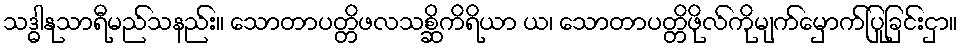
သဒ္ဓါနုသာရီမည်သနည်း။ သောတာပတ္တိဖလသစ္ဆိကိရိယာ ယ၊ သောတာပတ္တိဖိုလ်ကိုမျက်မှောက်ပြုခြင်းငှာ။